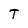
Character: T